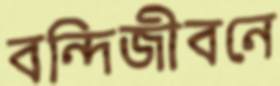
বন্দিজীবনে